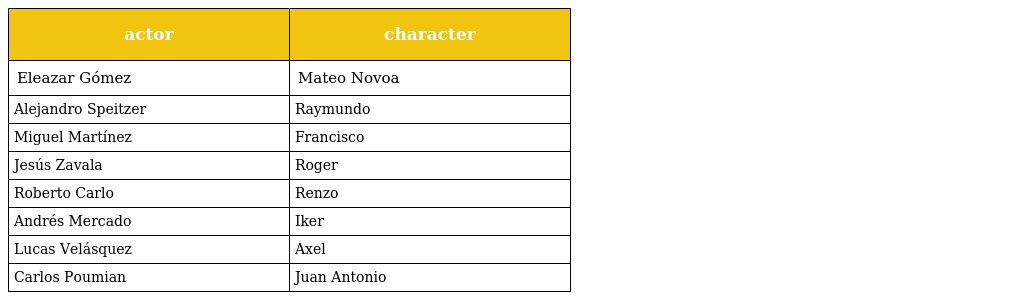
| actor | character |
 | --- | --- |
 | Eleazar Gómez | Mateo Novoa |
 | Alejandro Speitzer | Raymundo |
 | Miguel Martínez | Francisco |
 | Jesús Zavala | Roger |
 | Roberto Carlo | Renzo |
 | Andrés Mercado | Iker |
 | Lucas Velásquez | Axel |
 | Carlos Poumian | Juan Antonio |